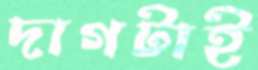
দাগটাই